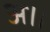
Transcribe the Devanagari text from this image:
अ।।